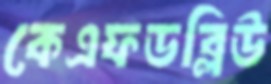
কেএফডব্লিউ